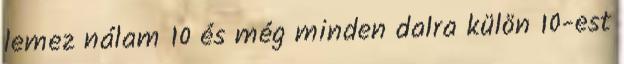
lemez nálam 10 és még minden dalra külön 10-est